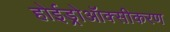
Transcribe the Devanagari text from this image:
होईड्रोऑक्सीकरण